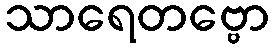
သာရေတဗ္ဗော